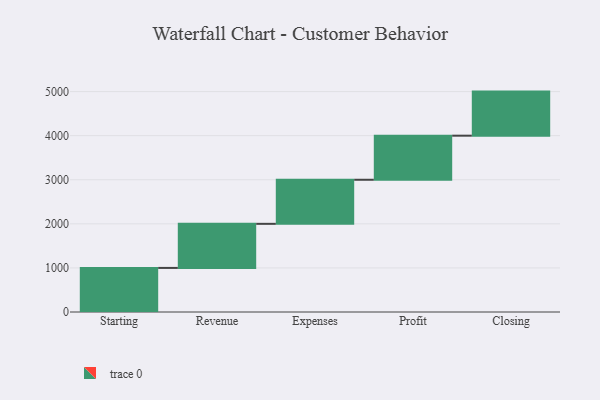
{"axis": {"x": "Step", "y": "Value"}, "legend": [""], "data": [{"x": "Starting", "y": 1000, "type": ""}, {"x": "Revenue", "y": 1000, "type": ""}, {"x": "Expenses", "y": 1000, "type": ""}, {"x": "Profit", "y": 1000, "type": ""}, {"x": "Closing", "y": 1000, "type": ""}]}